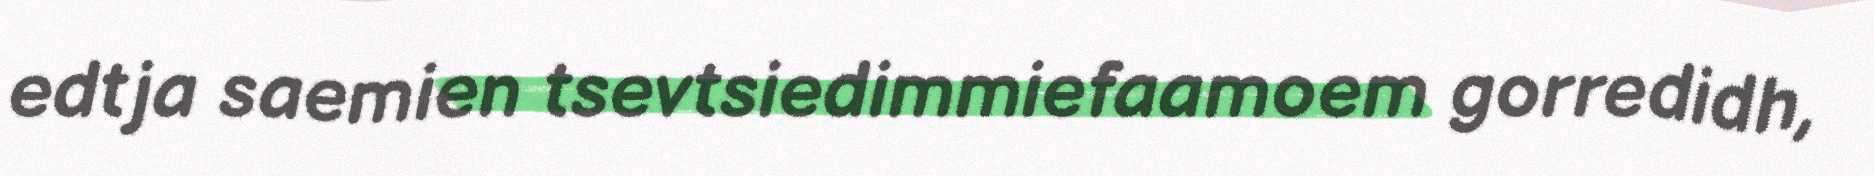
edtja saemien tsevtsiedimmiefaamoem gorredidh,